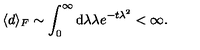
\langle d \rangle _ { F } \sim \int _ { 0 } ^ { \infty } \mathrm { d } \lambda \lambda e ^ { - t \lambda ^ { 2 } } < \infty .